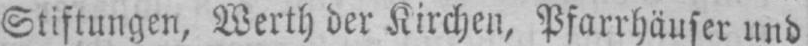
Stiftungen, Werth der Kirchen, Pfarrhäuser und